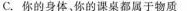
C.你的身体。你的课桌都属于物质